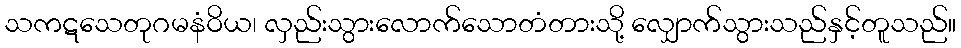
သကဋသေတုဂမနံဝိယ၊ လှည်းသွားလောက်သောတံတားသို့ လျှောက်သွားသည်နှင့်တူသည်။